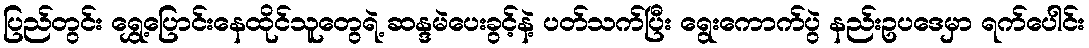
ပြည်တွင်း ရွှေ့ပြောင်းနေထိုင်သူတွေရဲ့ ဆန္ဒမဲပေးခွင့်နဲ့ ပတ်သက်ပြီး ရွေးကောက်ပွဲ နည်းဥပဒေမှာ ရက်ပေါင်း